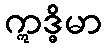
ဣဒ္ဓိမာ